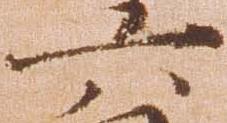
六